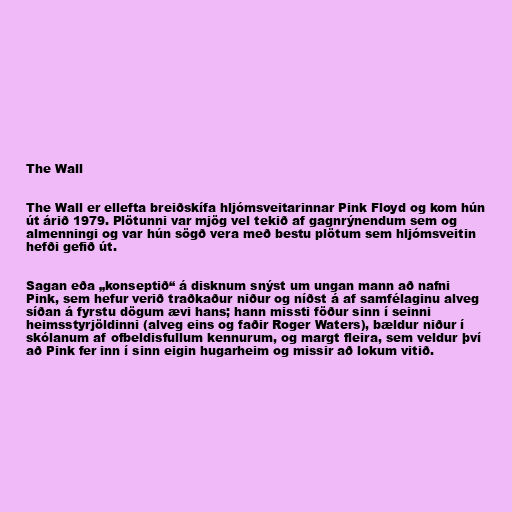
The Wall

The Wall er ellefta breiðskífa hljómsveitarinnar Pink Floyd og kom hún
út árið 1979. Plötunni var mjög vel tekið af gagnrýnendum sem og
almenningi og var hún sögð vera með bestu plötum sem hljómsveitin
hefði gefið út.

Sagan eða „konseptið“ á disknum snýst um ungan mann að nafni
Pink, sem hefur verið traðkaður niður og níðst á af samfélaginu alveg
síðan á fyrstu dögum ævi hans; hann missti föður sinn í seinni
heimsstyrjöldinni (alveg eins og faðir Roger Waters), bældur niður í
skólanum af ofbeldisfullum kennurum, og margt fleira, sem veldur því
að Pink fer inn í sinn eigin hugarheim og missir að lokum vitið.